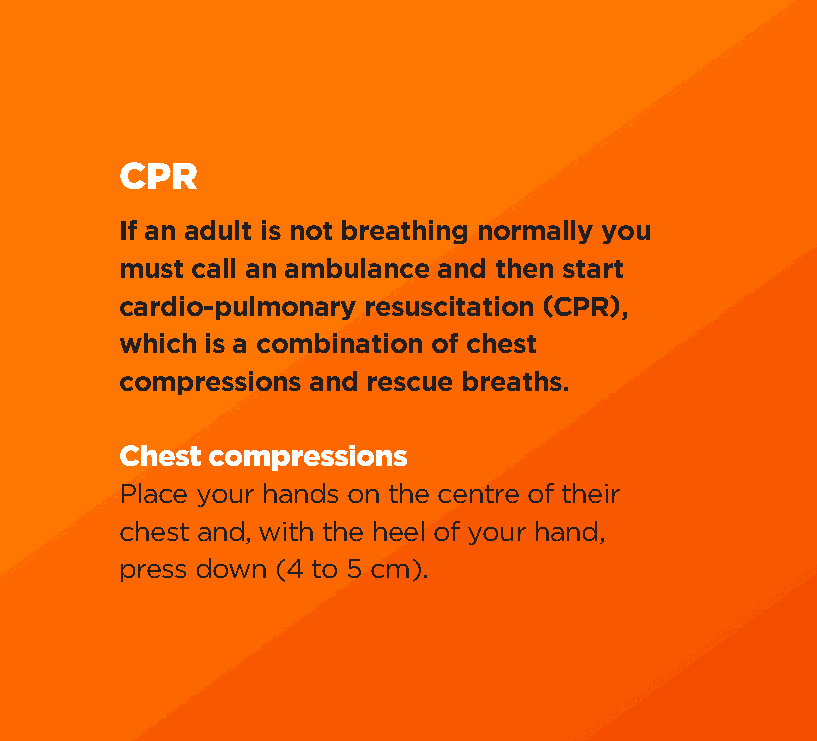
od booklet inner + cove#93667D 03/09/2009 09:13 Page 28
 CPR
 If an adult is not breathing normally you
 must call an ambulance and then start
 cardio-pulmonary resuscitation (CPR),
 which is a combination of chest
 compressions and rescue breaths.
 Chest compressions
 Place your hands on the centre of their
 chest and, with the heel of your hand,
 press down (4 to 5 cm).